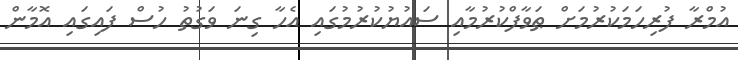
އުމްރާ ފުރިހަމަކުރުމަށް ޠަވާފްކުރުމާއި ސައުޔުކުރުމުގައި އެހާ ގިނަ ވަގުތު ހުސް ފައިގައި އޮމާން